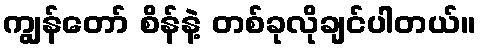
ကျွန်တော် စိန်နဲ့ တစ်ခုလိုချင်ပါတယ်။